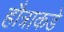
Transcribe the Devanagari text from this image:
हौत्राकडे